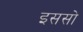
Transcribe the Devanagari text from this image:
इससो